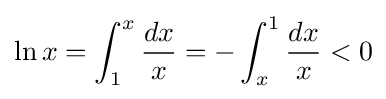
\ln x=\int _{1}^{x}{\frac {dx}{x}}=-\int _{x}^{1}{\frac {dx}{x}}<0